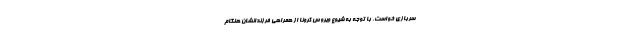
سربازی خواست، با توجه به شیوع ویروس کرونا از همراهی فرزندانشان هنگام